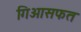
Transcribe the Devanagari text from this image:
गिओसफत